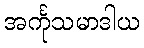
အင်္ကုသမာဒါယ